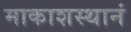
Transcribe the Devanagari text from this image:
माकाशस्थानं